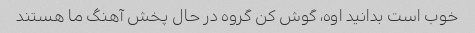
خوب است بدانید اوه، گوش کن گروه در حال پخش آهنگ ما هستند